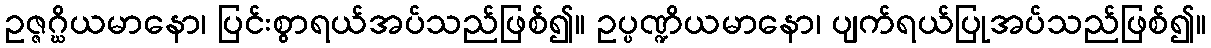
ဥဇ္ဇဂ္ဃိယမာနော၊ ပြင်းစွာရယ်အပ်သည်ဖြစ်၍။ ဥပ္ပဏ္ဍိယမာနော၊ ပျက်ရယ်ပြုအပ်သည်ဖြစ်၍။